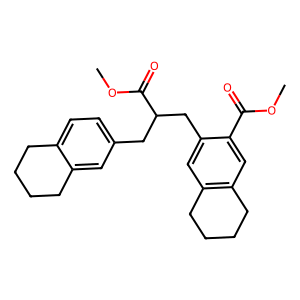
SMILES: COC(=O)c1cc2c(cc1CC(Cc1ccc3c(c1)CCCC3)C(=O)OC)CCCC2
Inhibits HIV replication: No